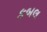
કબલ